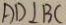
A D \bot B C